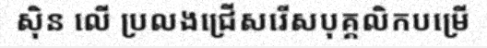
ស៊ិន លើ ប្រលងជ្រើសរើសបុគ្គលិកបម្រើ